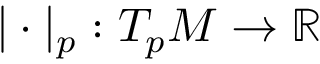
| \cdot | _ { p } : T _ { p } M \to \mathbb { R }